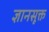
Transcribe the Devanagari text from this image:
ज्ञानसूक्त